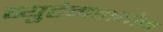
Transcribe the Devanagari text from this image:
ब्युटेनडायोन